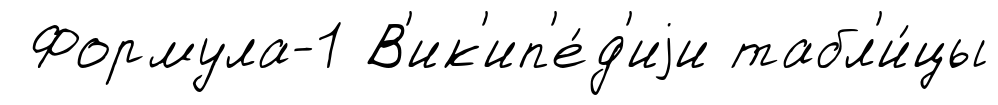
Формула-1 В'ик'ип'е́д'иjи табл'и́цы